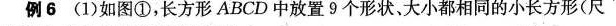
例6 (1)如图①，长方形ABCD中放置9个形状、大小都相同的小长方形(尺